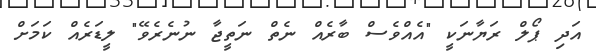
އަދި ޕޯލް ރަޔާނަކީ "އެއްވެސް ބާރެއް ނެތް ނަތީޖާ ނުނެރެވޭ" ލީޑަރެއް ކަމަށް